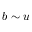
b \sim u